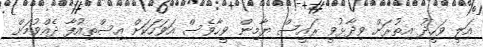
އަލީ ވަހީދު އިތުރަށް ވިދާޅުވީ ރައީސް ޔާމިން ވީހާވެސް އަވަހަކަށް އިސްތިއުފާ ދެއްވުމަށް